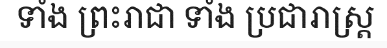
ទាំង ព្រះរាជា ទាំង ប្រជារាស្ត្រ